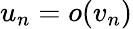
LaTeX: u_{n}=o(v_{n})